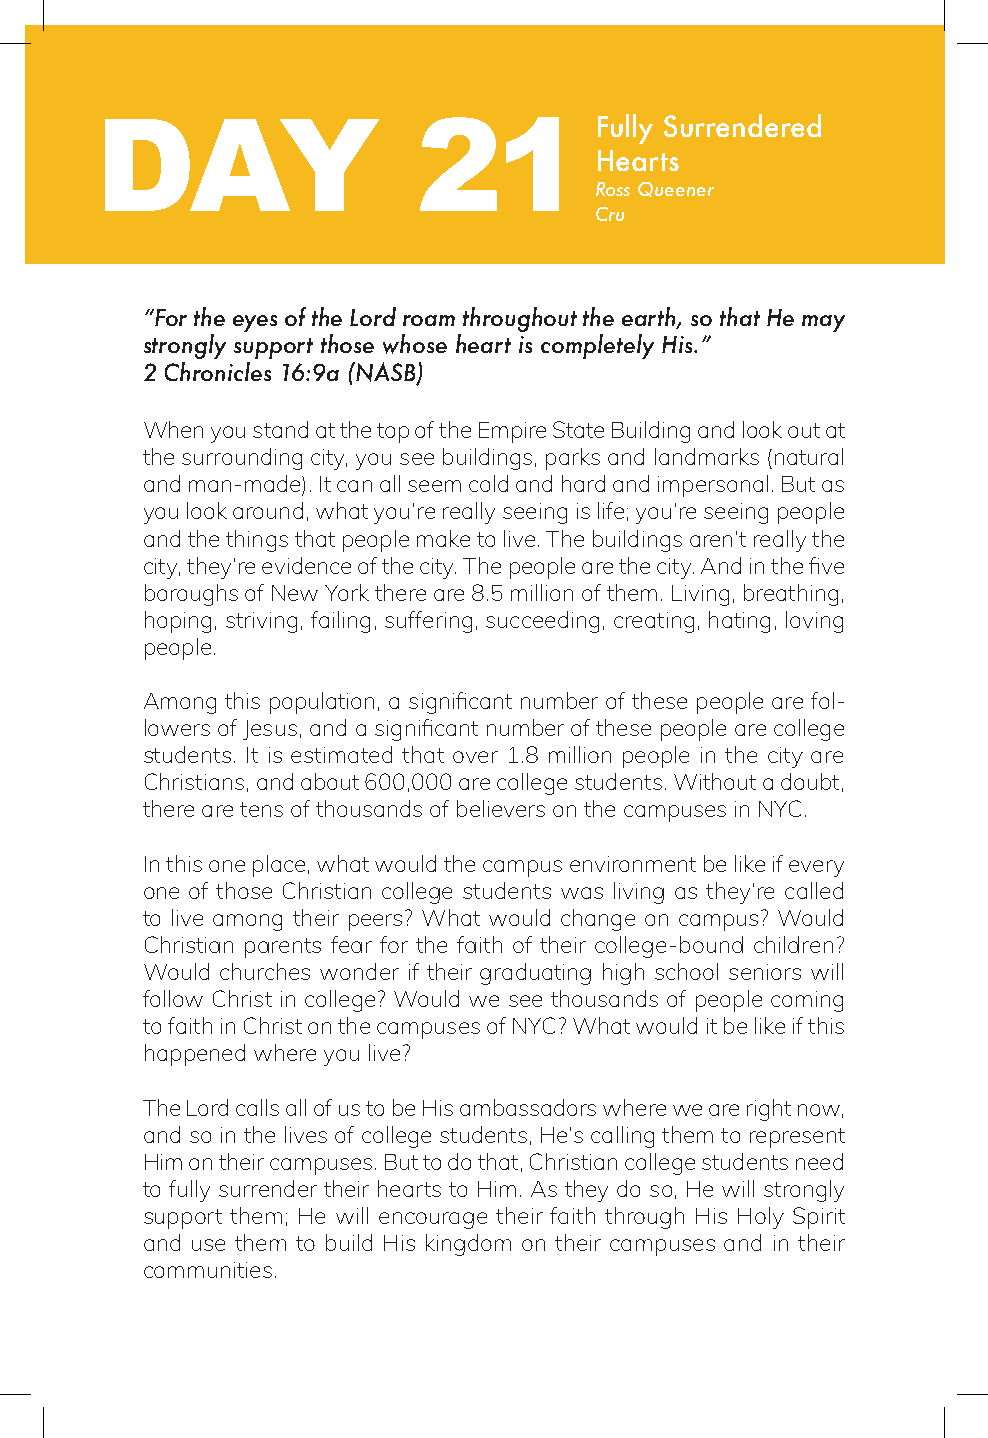
DAY                   21         Fully Surrendered
 Hearts
 Ross Queener
 Cru
 “For the eyes of the Lord roam throughout the earth, so that He may
 strongly support those whose heart is completely His.”
 2 Chronicles 16:9a (NASB)
 When you stand at the top of the Empire State Building and look out at
 the surrounding city, you see buildings, parks and landmarks (natural
 and man-made). It can all seem cold and hard and impersonal. But as
 you look around, what you’re really seeing is life; you’re seeing people
 and the things that people make to live. The buildings aren’t really the
 city, they’re evidence of the city. The people are the city. And in the five
 boroughs of New York there are 8.5 million of them. Living, breathing,
 hoping, striving, failing, suffering, succeeding, creating, hating, loving
 people.
 Among this population, a significant number of these people are fol-
 lowers of Jesus, and a significant number of these people are college
 students. It is estimated that over 1.8 million people in the city are
 Christians, and about 600,000 are college students. Without a doubt,
 there are tens of thousands of believers on the campuses in NYC.
 In this one place, what would the campus environment be like if every
 one of those Christian college students was living as they’re called
 to live among their peers? What would change on campus? Would
 Christian parents fear for the faith of their college-bound children?
 Would churches wonder if their graduating high school seniors will
 follow Christ in college? Would we see thousands of people coming
 to faith in Christ on the campuses of NYC? What would it be like if this
 happened where you live?
 The Lord calls all of us to be His ambassadors where we are right now,
 and so in the lives of college students, He’s calling them to represent
 Him on their campuses. But to do that, Christian college students need
 to fully surrender their hearts to Him. As they do so, He will strongly
 support them; He will encourage their faith through His Holy Spirit
 and use them to build His kingdom on their campuses and in their
 communities.